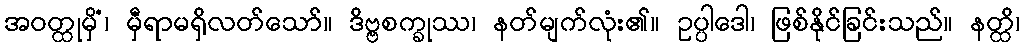
အဝတ္ထုမှိံ၊ မှီရာမရှိလတ်သော်။ ဒိဗ္ဗစက္ခုဿ၊ နတ်မျက်လုံး၏။ ဥပ္ပါဒေါ၊ ဖြစ်နိုင်ခြင်းသည်။ နတ္ထိ၊